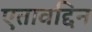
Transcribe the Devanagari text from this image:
एतावद्दिन